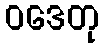
ဝဒေတု